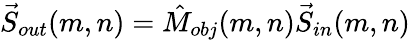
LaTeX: \vec{S}_{out}(m,n)=\hat{M}_{obj}(m,n)\vec{S}_{in}(m,n)